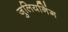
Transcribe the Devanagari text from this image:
जुलियनिंग